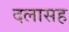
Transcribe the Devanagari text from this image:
दलासह